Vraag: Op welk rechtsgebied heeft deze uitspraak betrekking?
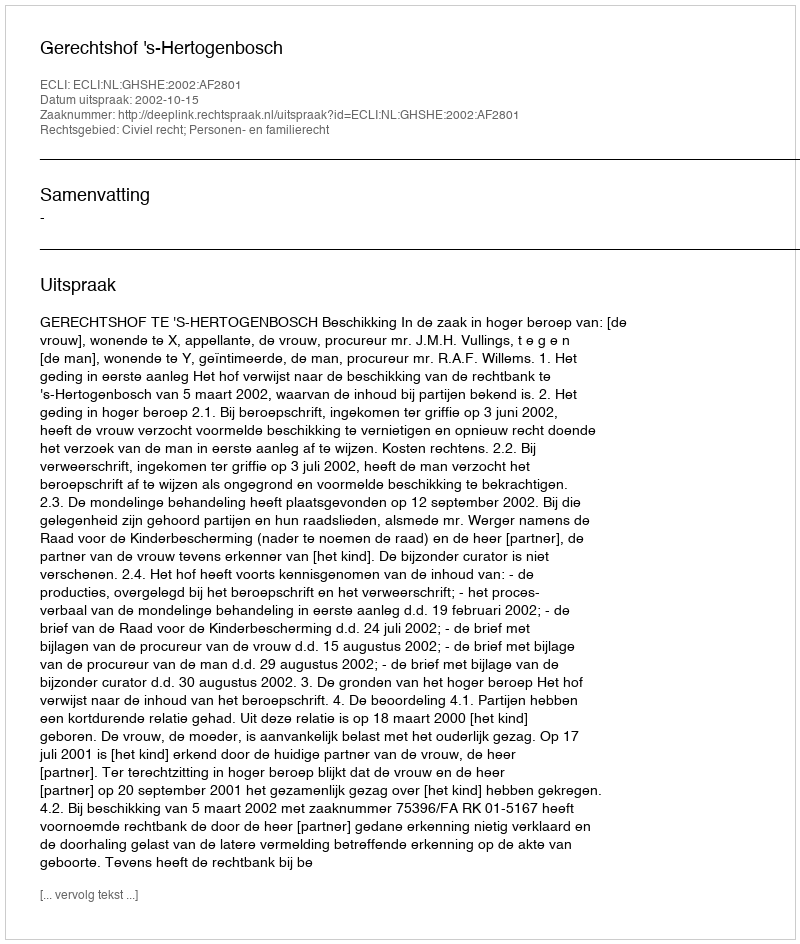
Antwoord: Civiel recht; Personen- en familierecht